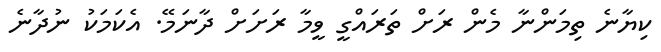
ކިޔާނެ ތިމަންނާ މެން ރަށް ތަރައްގީ ވީމާ ރަށަށް ދާނަމޭ. އެކަމަކު ނުދާނެ